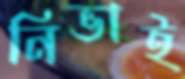
নিভাই